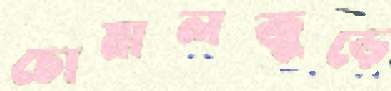
চোয়ালজুড়ে